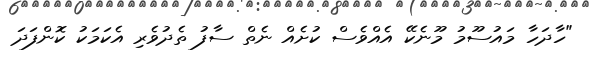
"ހާދަހާ މައުސޫމު މޫނެކޭ އެއްވެސް ކުށެއް ނެތް ސާފު ތެދުވެރި އެކަމަކު ކޮންފަދަ